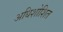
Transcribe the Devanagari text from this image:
अधिशोशित